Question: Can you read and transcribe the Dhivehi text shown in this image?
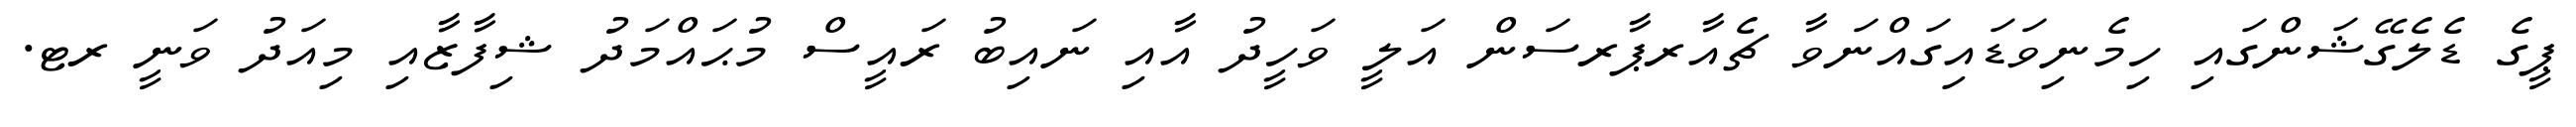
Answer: ޕީގެ ޑެލެގޭޝަންގައި ހިމެނިވަޑައިގައްނަވާ ޗެއާރޕާރސަން އަލީ ވަހީދު އާއި ނައިބު ރައީސް މުޙައްމަދު ޝިފާޒާއި މިއަދު ވަނީ ރޓ.